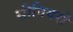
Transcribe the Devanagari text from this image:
सीनियरों